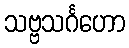
သဗ္ဗသင်္ဂဟော